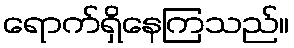
ရောက်ရှိနေကြသည်။